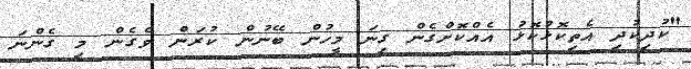
"ކުދިކުދި އެތިކޮޅުކޮޅު އެއްކޮށްގެން ގިނަ މީހުން ބޭނުން ކުރަން ވެގެން މި ގެންނަ